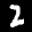
Label: 2